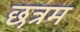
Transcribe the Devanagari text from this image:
छत्रम